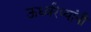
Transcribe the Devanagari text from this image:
ऊर्ध्वरेष्यांनी